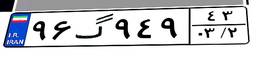
۹۶گ۹۴۹۴۳